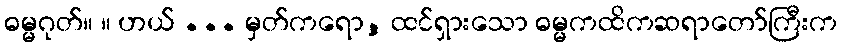
ဓမ္မဂုတ်။ ။ ဟယ် ... မှတ်ကရော, ထင်ရှားသော ဓမ္မကထိကဆရာတော်ကြီးက